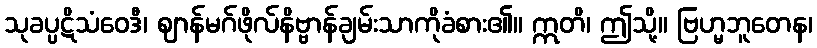
သုခပ္ပဋိသံဝေဒီ၊ ဈာန်မဂ်ဖိုလ်နိဗ္ဗာန်ချမ်းသာကိုခံစား၏။ ဣတိ၊ ဤသို့။ ဗြဟ္မဘူတေန၊